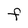
Character: F